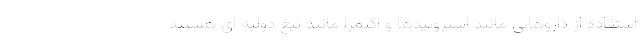
استفاده از داروهایی مانند استروئیدها و اکتمرا مانند تیغ دولبه ای هستند